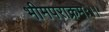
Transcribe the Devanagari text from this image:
भीमपराक्रमः।।